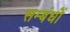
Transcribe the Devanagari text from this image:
सम्बंधोंं